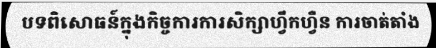
បទពិសោធន៍ក្នុងកិច្ចការការសិក្សាហ្វឹកហ្វឺន ការចាត់តាំង